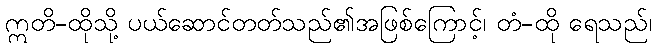
ဣတိ-ထိုသို့ ပယ်ဆောင်တတ်သည်၏အဖြစ်ကြောင့်၊ တံ-ထို ရေသည်၊